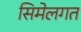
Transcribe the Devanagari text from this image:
सिमेलगत